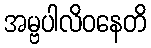
အမ္ဗပါလိဝနေတိ